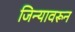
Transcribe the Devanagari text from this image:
जिन्यावरून